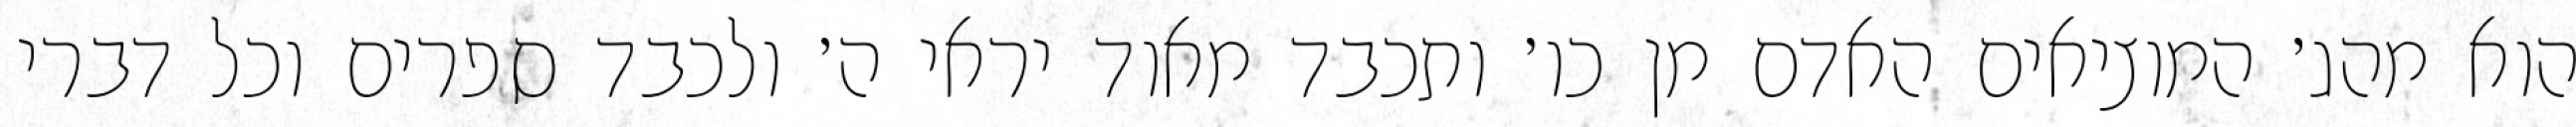
הוא מהג׳ המוציאים האדם מן כו׳ ותכבד מאוד יראי ה׳ ולכבד ספרים וכל דברי